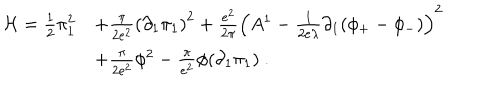
LaTeX: \begin{array} { r l } { { { \cal H } = \frac { 1 } { 2 } \pi _ { 1 } ^ { 2 } } } & { { + \frac { \pi } { 2 e ^ { 2 } } \left( \partial _ { 1 } \pi _ { 1 } \right) ^ { 2 } + \frac { e ^ { 2 } } { 2 \pi } \left( A ^ { 1 } - \frac { 1 } { 2 e \lambda } \partial _ { 1 } ( \phi _ { + } - \phi _ { - } ) \right) ^ { 2 } } } \\ { { } } & { { + \frac { \pi } { 2 e ^ { 2 } } \phi ^ { 2 } - \frac { \pi } { e ^ { 2 } } \phi ( \partial _ { 1 } \pi _ { 1 } ) \ . } } \\ \end{array}